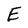
Character: E